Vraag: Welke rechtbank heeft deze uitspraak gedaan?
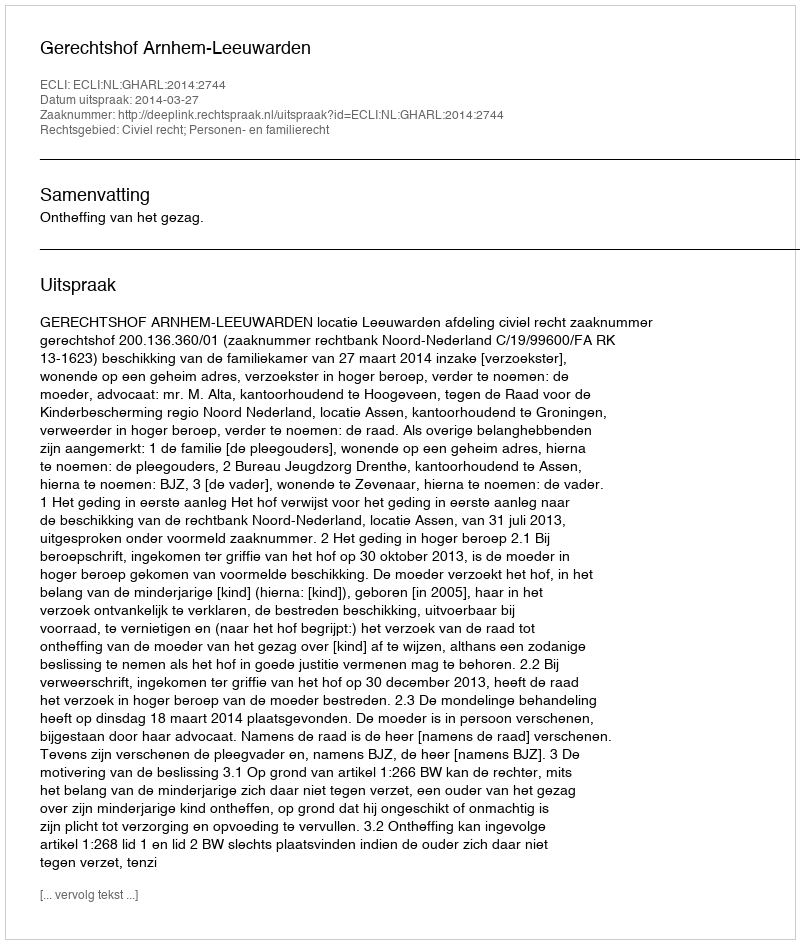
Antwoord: Gerechtshof Arnhem-Leeuwarden